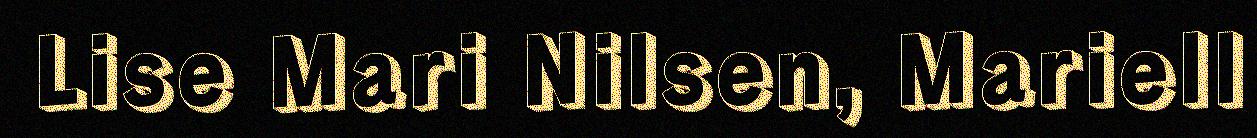
Lise Mari Nilsen, Mariell